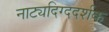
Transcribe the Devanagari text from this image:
नाट्यदिग्ददर्शक